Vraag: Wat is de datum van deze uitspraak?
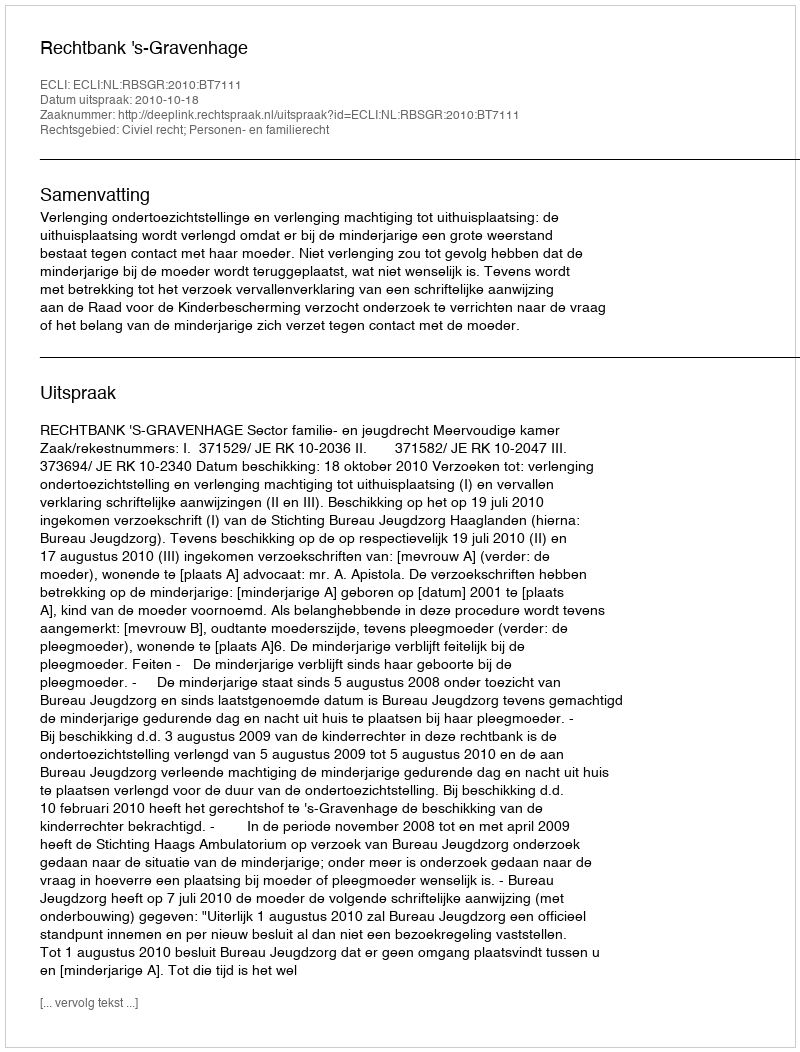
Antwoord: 2010-10-18